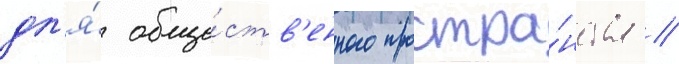
дл'я́ обще́ств'енного простра́нства /